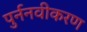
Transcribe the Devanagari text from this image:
पुर्ननवीकरण